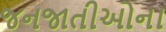
જનજાતીઓના